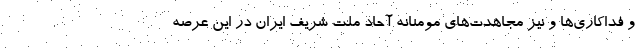
و فداکاری‌ها و نیز مجاهدت‌های مومنانه آحاد ملت شریف ایران در این عرصه